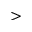
>